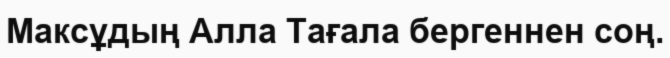
Максұдың Алла Тағала бергеннен соң.